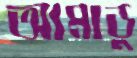
আমাডু